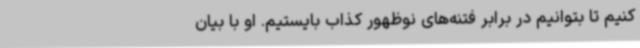
کنیم تا بتوانیم در برابر فتنه‌های نوظهور کذاب بایستیم. او با بیان